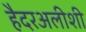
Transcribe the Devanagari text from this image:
हैदरअलीशी